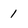
Character: 1